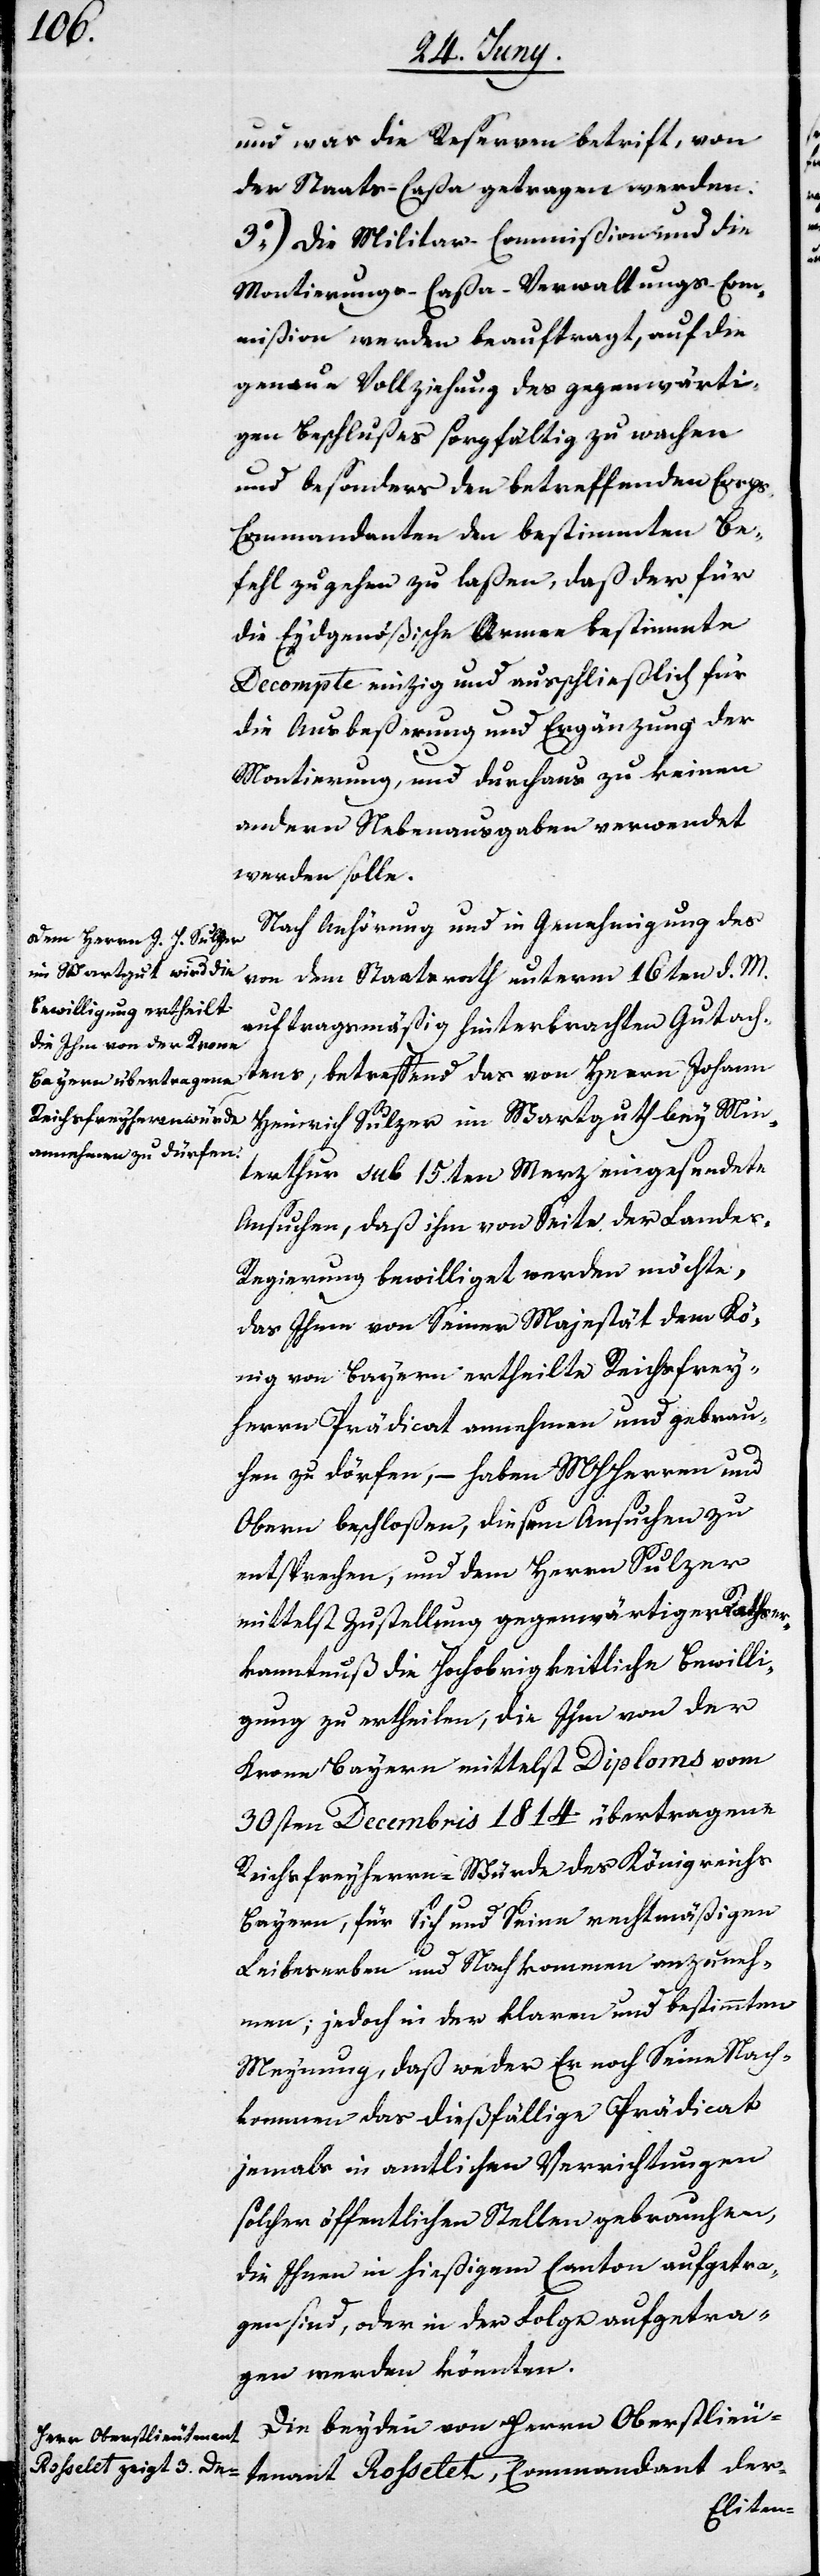
und was die Reserven betrifft, von
der Staats-Caßa getragen werden.
3o) Die Militar-Commißion und die
Montierungs-Caßa-Verwaltungs-Com¬
mißion werden beauftragt, auf die
genaue Vollziehung des gegenwärti¬
gen Beschlußes sorgfältig zu wachen
und besonders den betreffenden Corp¬
s-Commandanten den bestimmten Be¬
fehl zugehen zu laßen, daß der für
die Eydgenößische Armee bestimmte
Decompte einzig und ausschließlich für
die Ausbeßerung und Ergänzung der
Montierung, und durchaus zu keinen
andern Nebenausgaben verwendet
werden solle.
Nach Anhörung und in Genehmigung des
von dem Staatsrath unterm 16ten d. M.
auftragsmäßig hinterbrachten Gutach¬
tens, betreffend das von Herrn Johann
Heinrich Sulzer im Wartgut bey Win¬
terthur sub 15.ten Merz eingesendete
Ansuchen, daß ihm von Seite der Lande¬
s-Regierung bewilliget werden möchte,
das Ihme von Seiner Majestät dem Kö¬
nig von Bayern ertheilte Reichsfrey¬
herrn Prädicat annehmen und gebrau¬
chen zu dürfen, – haben MHHerren und
Obern beschloßen, diesem Ansuchen zu
entsprechen, und dem Herrn Sulzer
mittelst Zustellung gegenwärtiger Rathser¬
kanntnuß die Hochobrigkeitliche Bewilli¬
gung zu ertheilen, die Ihm von der
Krone Bayern mittelst Diploms vom
30sten Decembris 1814 übertragene
Reichsfreyherren-Würde des Königreichs
Bayern, für Sich und Seine rechtmäßigen
Leibeserben und Nachkommen anzuneh¬
men, jedoch in der klaren und bestimmten
Meynung, daß weder er noch seine Nach¬
kommen das dießfällige Prädicat
jemals in amtlichen Verrichtungen
solcher öffentlichen Stellen gebrauchen,
die Ihnen in hießigem Canton aufgetra¬
gen sind, oder in der Folge aufgetra¬
gen werden könnten.
Die beyden von Herrn Oberstlieu¬
tenant Rosselet, Commandant der